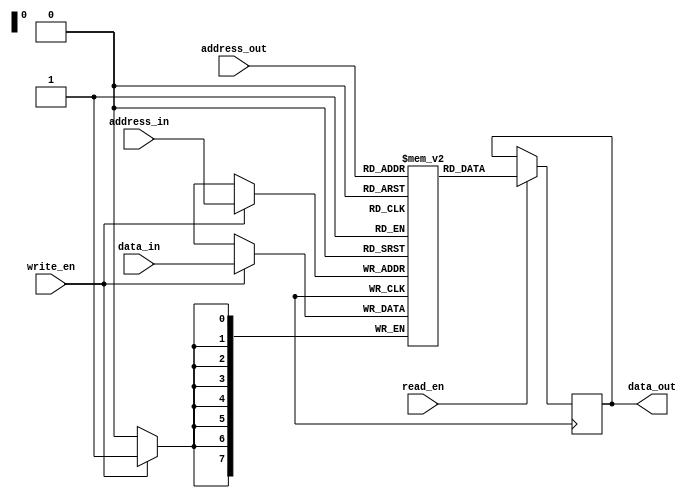
module memory_block(
    input [7:0] address_in,
    input [7:0] data_in,
    input write_en,
    input read_en,
    input [7:0] address_out,
    output reg [7:0] data_out
);

reg [7:0] memory [0:255];

always @(posedge clk) begin
    if(write_en)
        memory[address_in] <= data_in;
    if(read_en)
        data_out <= memory[address_out];
end

endmodule